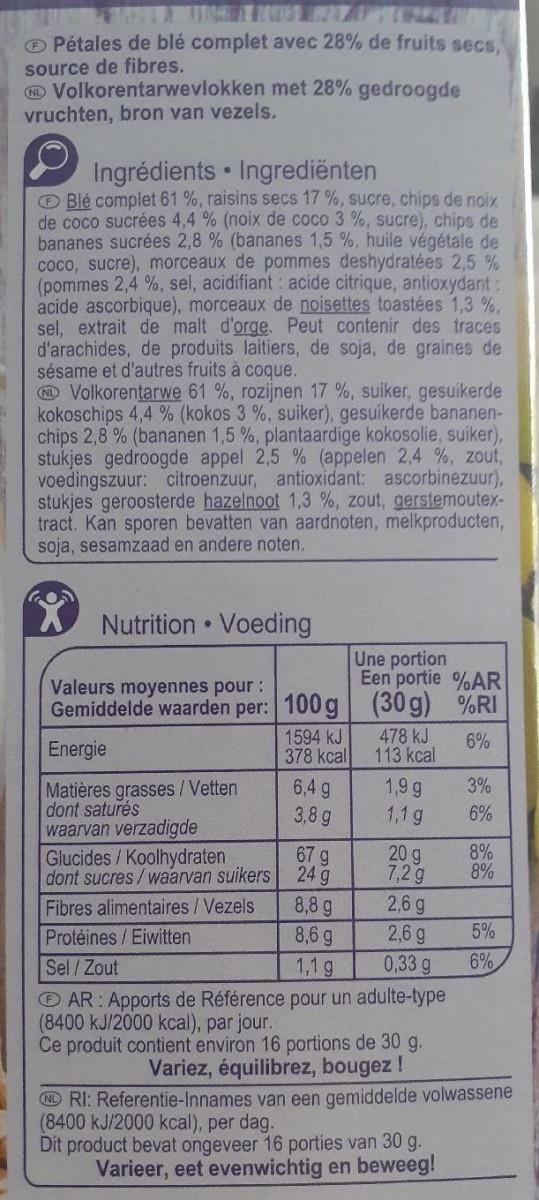
O Pétales de blé complet avec 28% de fruits secs, source de fibres. O Volkorentarwevlokken met 28% gedroogde vruchten, bron van vezels.
Ingrédients Ingrediënten O Blé complet 61 %, raisins secs 17 %, sucre, chips de noix de coco sucrées 4,4 % (noix de coco 3 %, sucre), chips de bananes sucrées 2,8 % (bananes 1,5 %, huile végétale de coco, sucre), morceaux de pommes deshydratées 2,5 % (pommes 2,4 %, sel, acidifiant: acide citrique, antioxydant: acide ascorbique), morceaux de noisettes toastées 1,3 %. sel, extrait de malt d'orge. Peut contenir des traces d'arachides, de produits laitiers, de soja, de graines de sésame et d'autres fruits à coque. O Volkorentarwe 61 %, rozijnen 17 %, suiker, gesuikerde kokoschips 4,4 % (kokos 3 %, suiker), gesuikerde bananen- chips 2,8 % (bananen 1,5 %, plantaardige kokosolie, suiker), stukjes gedroogde appel 2,5 % (appelen 2,4 %, zout, voedingszuur: citroenzuur, antioxidant: ascorbinezuur), stukjes geroosterde hazelnoot 1,3 %, zout, gerstemoutex- tract. Kan sporen bevatten van aardnoten, melkproducten, soja, sesamzaad en andere noten.
Nutrition Voeding
Une portion Een portie %AR
Valeurs moyennes pour:
Gemiddelde waarden per: 100 g (30 g) %RI
1594 kJ 378 kcal
478 kJ 113 kcal
6%
Energie
6,4 g 3,8 g
1,9 g 1,1 g
3%
Matières grasses/Vetten dont saturés waarvan verzadigde Glucides /Koolhydraten dont sucres/waarvan suikers
6%
67 g 24 g
20 g 7,2 g
8% 8%
8,8 g 8,6 g
2,6 g 2,6 g 0,33 g
Fibres alimentaires/Vezels
Protéines/Eiwitten
5%
Sel / Zout
1,1 g
6%
AR: Apports de Référence pour un adulte-type (8400 kJ/2000 kcal), par jour. Ce produit contient environ 16 portions de 30 g.
Variez, équilibrez, bougez!
ND RI: Referentie-Innames van een gemiddelde volwassene (8400 kJ/2000 kcal), per dag. Dit product bevat ongeveer 16 porties van 30 g. Varieer, eet evenwichtig en beweeg!